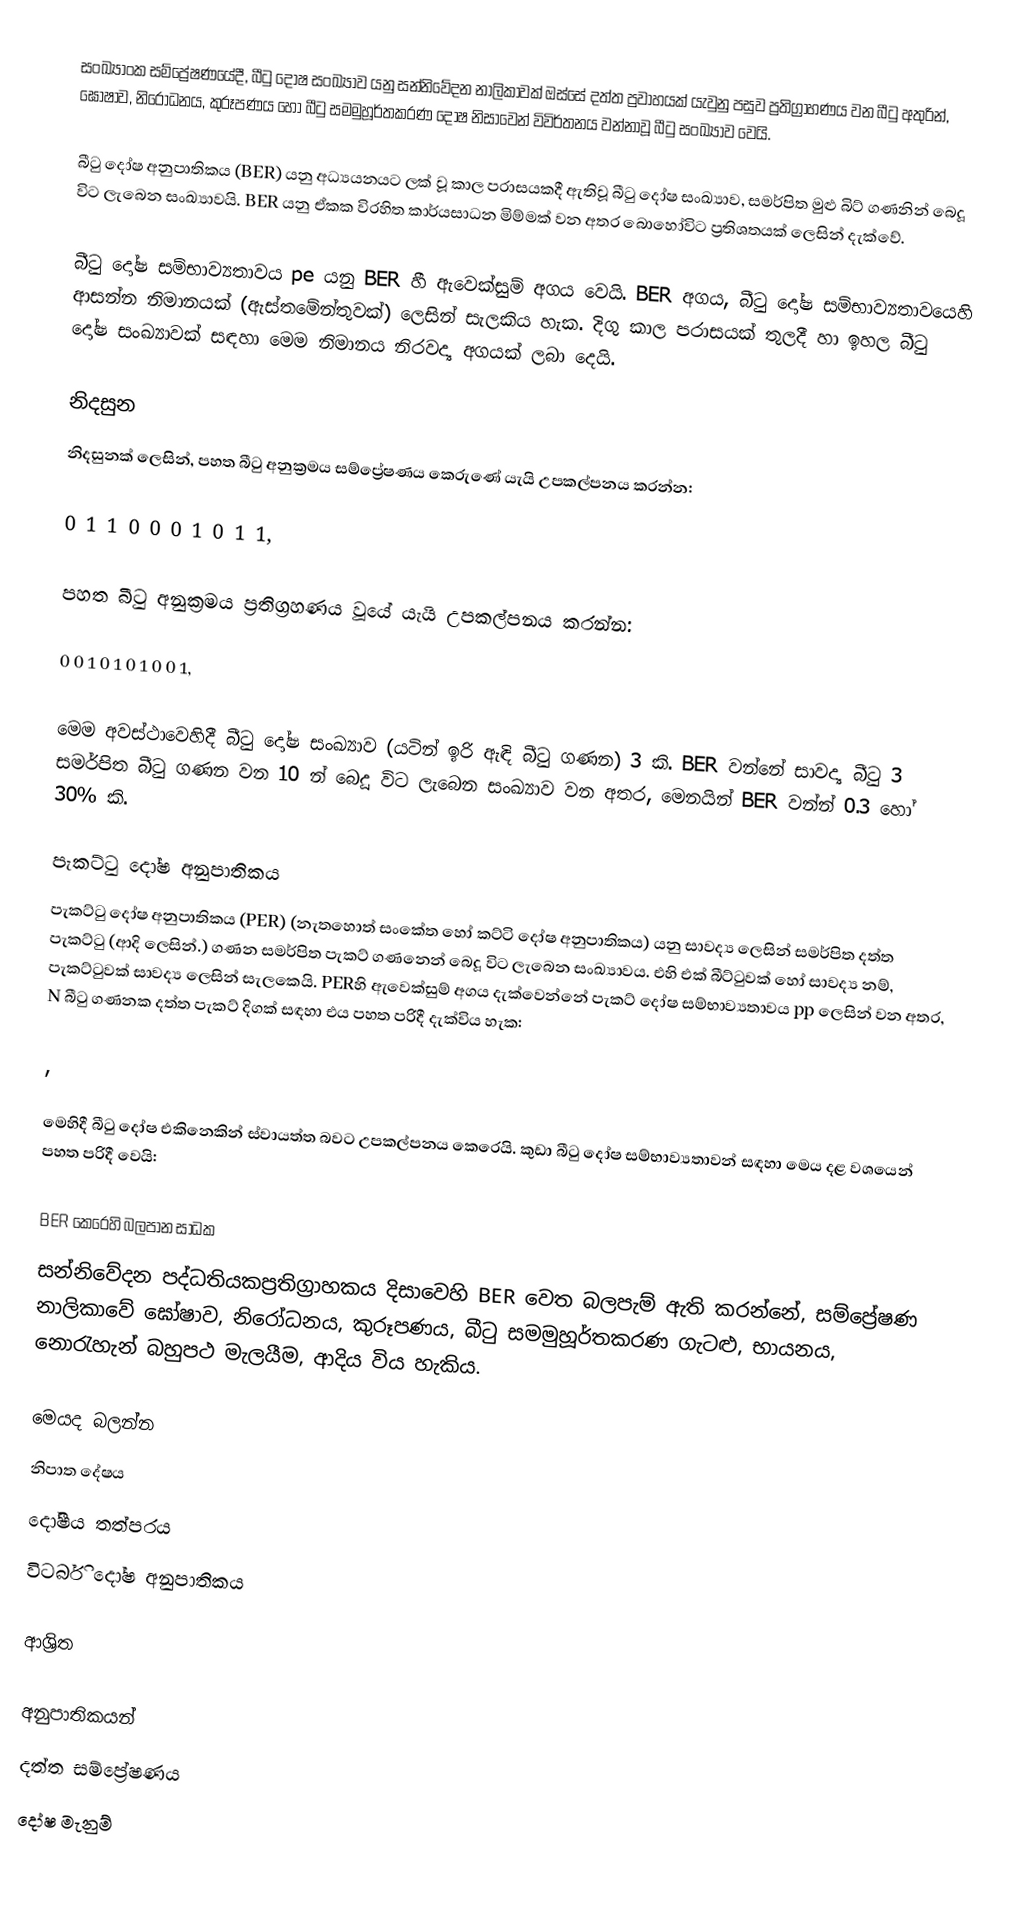
සංඛ්‍යාංක සම්ප්‍රේෂණයේදී, බීටු දෝෂ සංඛ්‍යාව යනු  සන්නිවේදන නාලිකාවක් ඔස්සේ දත්ත ප්‍රවාහයක් යැවුනු පසුව ප්‍රතිග්‍රාහණය වන  බීටු අතුරින්,  ඝෝෂාව, නිරෝධනය, කුරූපණය හෝ  බීටු සමමුහූර්තකරණ දෝෂ නිසාවෙන් විවිර්තනය වන්නාවූ බීටු සංඛ්‍යාව වෙයි.

බීටු දෝෂ අනුපාතිකය (BER) යනු අධ්‍යයනයට ලක් වූ කාල පරාසයකදී ඇතිවූ බීටු දෝෂ සංඛ්‍යාව,  සමර්පිත මුළු   බිට් ගණනින් බෙදූ විට ලැබෙන සංඛ්‍යාවයි. BER යනු ඒකක විරහිත කාර්යසාධන මිම්මක් වන අතර බොහෝවිට ප්‍රතිශතයක් ලෙසින් දැක්වේ.

බීටු දෝෂ සම්භාව්‍යතාවය pe යනු  BER හී ඇවෙක්සුම් අගය වෙයි. BER අගය, බීටු දෝෂ සම්භාව්‍යතාවයෙහි ආසන්න නිමානයක් (ඇස්තමේන්තුවක්) ලෙසින් සැලකිය හැක. දිගු කාල පරාසයක් තුලදී හා ඉහල බීටු දෝෂ සංඛ්‍යාවක් සඳහා මෙම නිමානය නිරවද්‍ය අගයක් ලබා දෙයි.

නිදසුන
නිදසුනක් ලෙසින්, පහත බීටු අනුක්‍රමය සම්ප්‍රේෂණය කෙරුණේ යැයි උපකල්පනය කරන්න:

0 1 1 0 0 0 1 0 1 1,

පහත බීටු අනුක්‍රමය ප්‍රතිග්‍රහණය වූයේ යැයි උපකල්පනය කරන්න:

0 0 1 0 1 0 1 0 0 1,

මෙම අවස්ථාවෙහිදී බීටු දෝෂ සංඛ්‍යාව (යටින් ඉරි ඇඳි බීටු ගණන) 3 කි. BER වන්නේ සාවද්‍ය බීටු 3 සමර්පිත බීටු ගණන වන 10 න් බෙදූ විට ලැබෙන සංඛ්‍යාව වන අතර, මෙනයින් BER වන්න් 0.3 හෝ 30% කි.

පැකට්ටු දෝෂ අනුපාතිකය
පැකට්ටු දෝෂ අනුපාතිකය (PER) (නැතහොත් සංකේත හෝ කට්ටි දෝෂ අනුපාතිකය) යනු සාවද්‍ය ලෙසින් සමර්පිත දත්ත පැකට්ටු (ආදි ලෙසින්.) ගණන සමර්පිත පැකට් ගණනෙන් බෙදූ විට ලැබෙන සංඛ්‍යාවය. එහි එක් බීට්ටුවක් හෝ සාවද්‍ය නම්,  පැකට්ටුවක් සාවද්‍ය ලෙසින් සැලකෙයි. PERහි ඇවෙක්සුම් අගය දැක්වෙන්නේ පැකට් දෝෂ සම්භාව්‍යතාවය pp ලෙසින් වන අතර, N  බීටු ගණනක දත්ත පැකට් දිගක් සඳහා එය පහත පරිදී දැක්විය හැක:

,

මෙහිදී බීටු දෝෂ එකිනෙකින් ස්වායත්ත බවට උපකල්පනය කෙරෙයි. කුඩා බීටු දෝෂ සම්භාව්‍යතාවන් සඳහා මෙය දළ වශයෙන් පහත පරිදී වෙයි:

BER කෙරෙහි බලපාන සාධක
සන්නිවේදන පද්ධතියකප්‍රතිග්‍රාහකය දිසාවෙහි BER වෙත බලපැම් ඇති කරන්නේ,  සම්ප්‍රේෂණ නාලිකාවේ ඝෝෂාව, නිරෝධනය, කුරූපණය,  බීටු සමමුහූර්තකරණ ගැටළු, භායනය, නොරැහැන් බහුපථ මැලයීම, ආදිය විය හැකිය.

මෙයද බලන්න
 නිපාත දේෂය
 දෝෂීය තත්පරය
 විටර්බි දෝෂ අනුපාතිකය

ආශ්‍රිත

අනුපාතිකයන්
දත්ත සම්ප්‍රේෂණය
දෝෂ මැනුම්